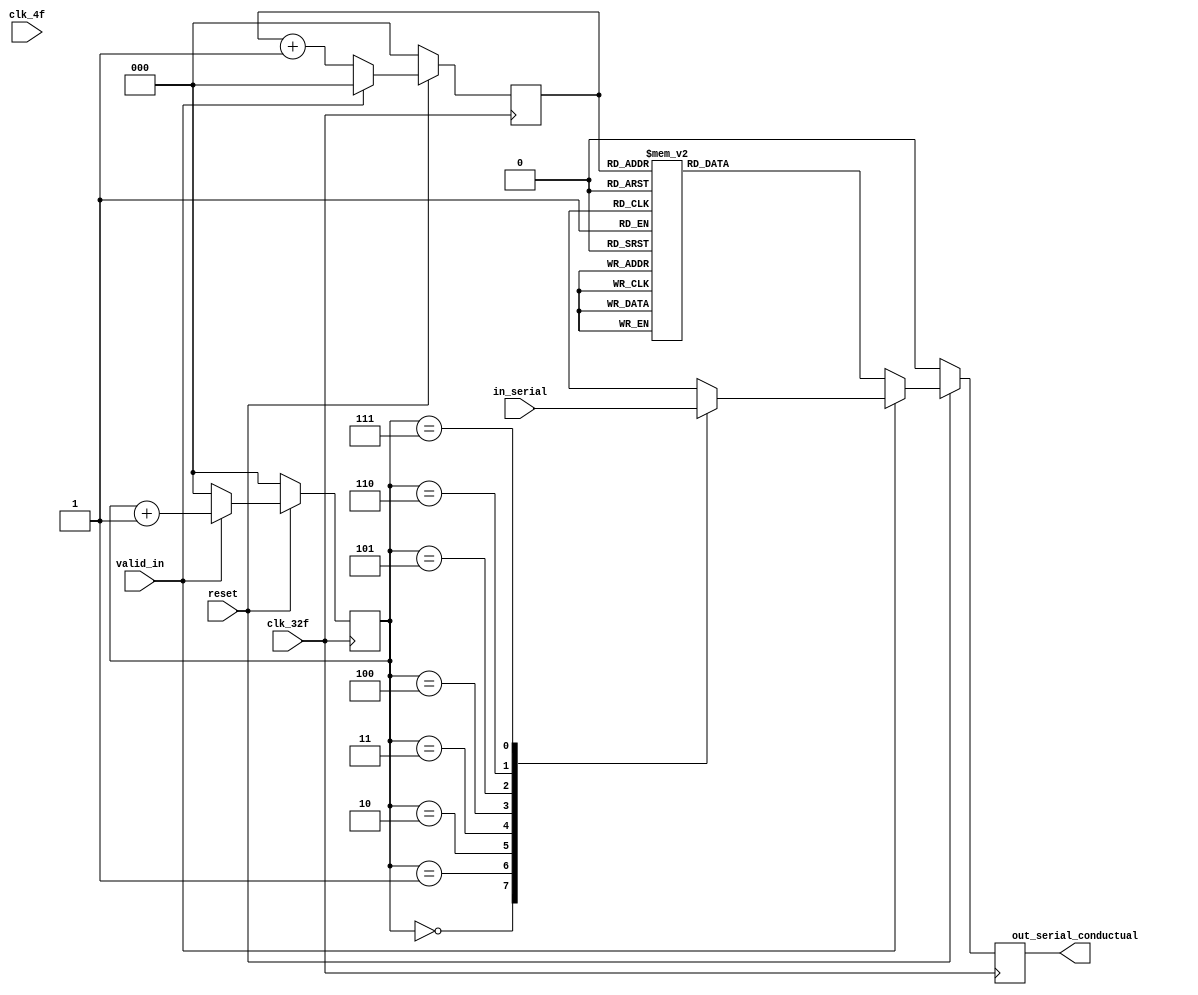



module paralelo_serial(
    input reset,
    input clk_4f,
    input clk_32f,
    input valid_in,
    input [7:0] in_serial,
    output reg out_serial_conductual);

    reg [2:0] selector;
    reg [2:0] selector_2;

    always @(posedge clk_32f) begin

        if (reset == 1) begin
            if(valid_in == 1) begin
                selector <= 0;
                case (selector_2)
                    0: out_serial_conductual <= in_serial[7];
                    1: out_serial_conductual <= in_serial[6];
                    2: out_serial_conductual <= in_serial[5];
                    3: out_serial_conductual <= in_serial[4];
                    4: out_serial_conductual <= in_serial[3];
                    5: out_serial_conductual <= in_serial[2];
                    6: out_serial_conductual <= in_serial[1];
                    7: begin
                        out_serial_conductual <= in_serial[0];
                        selector_2 <= 0;
                    end
                endcase
                selector_2 <= selector_2 + 1;
            end
            else begin
                selector_2 <= 0;
                case (selector)
                    0:out_serial_conductual <= 1;
                    1:out_serial_conductual <= 0;
                    2:out_serial_conductual <= 1;
                    3:out_serial_conductual <= 1;
                    4:out_serial_conductual <= 1;
                    5:out_serial_conductual <= 1;
                    6:out_serial_conductual <= 0;
                    7: begin
                       out_serial_conductual <= 0;
                        selector <= 0;
                    end
                endcase
                selector <= selector + 1;
            end
        end
        
        else begin
            out_serial_conductual <= 0;
            {selector, selector_2} <= 0;
        end
    end
endmodule